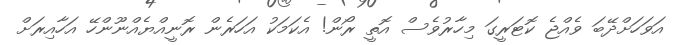
އަވަހަށްދޭބަ ވެއްޖެ ކޮޓަރީގަ މިހާރުވެސް އޮތީ ރޯން! އެކަމަކު އަހަރެން ރޮނީއްޔެއްނޫންހޭ އަހާއިރަށް